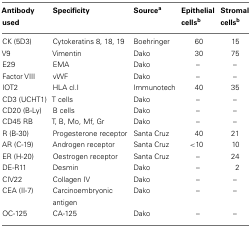
| Antibody used | Specificity | Sourcea | Epithelial cellsb | Stromal cellsb |
 | --- | --- | --- | --- | --- |
 | CK (5D3) | Cytokeratins 8, 18, 19 | Boehringer | 60 | 15 |
 | V9 | Vimentin | Dako | 30 | 75 |
 | E29 | EMA | Dako | – | – |
 | Factor VIII | vWF | Dako | – | – |
 | IOT2 | HLA cl.I | Immunotech | 40 | 35 |
 | CD3 (UCHT1) | T cells | Dako | – | – |
 | CD20 (B-Ly) | B cells | Dako | – | – |
 | CD45 RB | T, B, Mo, Mf, Gr | Dako | – | – |
 | R (B-30) | Progesterone receptor | Santa Cruz | 40 | 21 |
 | AR (C-19) | Androgen receptor | Santa Cruz | <10 | 10 |
 | ER (H-20) | Oestrogen receptor | Santa Cruz | – | 24 |
 | DE-R11 | Desmin | Dako | – | 2 |
 | CIV22 | Collagen IV | Dako | – | – |
 | CEA (II-7) | Carcinoembryonic antigen | Dako | – | – |
 | OC-125 | CA-125 | Dako | – | – |